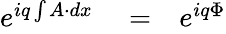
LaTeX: \begin{array}{rlr}{e^{iq\int A\cdot dx}}&{{}=}&{e^{iq\Phi}}\end{array}